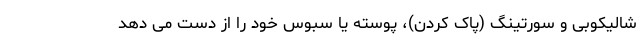
شالیکوبی و سورتینگ (پاک کردن)، پوسته یا سبوس خود را از دست می دهد